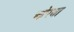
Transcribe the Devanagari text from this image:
ओरघा